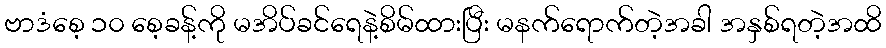
ဗာဒံစေ့ ၁၀ စေ့ခန့်ကို မအိပ်ခင်ရေနဲ့စိမ်ထားပြီး မနက်ရောက်တဲ့အခါ အနှစ်ရတဲ့အထိ